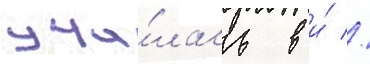
учи́лась в и́ //